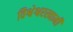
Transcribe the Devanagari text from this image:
विश्वेश्वरस्वामी